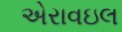
એરાવઇલ